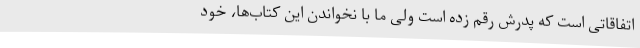
اتفاقاتی است که پدرش رقم زده است ولی ما با نخواندن این کتاب‌ها، خود